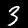
Digit: 3